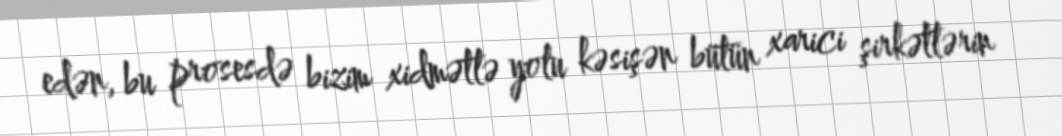
edən, bu prosesdə bizim xidmətlə yolu kəsişən bütün xarici şirkətlərin